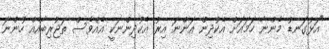
"އަޅުގަނޑު މެންނާ ހަމައަށް އެކުދިން އަންނަ އިރު އެކުދިންނަކީ އެއްވެސް ތަޖުރިބާއެއް ހުންނަ